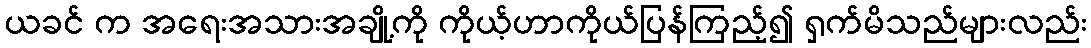
ယခင် က အရေးအသားအချို့ကို ကိုယ့်ဟာကိုယ်ပြန်ကြည့်၍ ရှက်မိသည်များလည်း